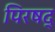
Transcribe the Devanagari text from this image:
पिरषद्